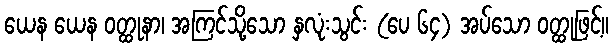
ယေန ယေန ဝတ္ထုနာ၊ အကြင်သို့သော နှလုံးသွင်း (ပေ ၆၄) အပ်သော ဝတ္ထုဖြင့်။